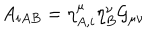
LaTeX: A _ { i A B } = \eta _ { A , i } ^ { \mu } \eta _ { B } ^ { \nu } { \cal G } _ { \mu \nu }